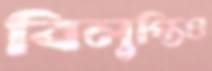
বিলুপ্তিও